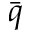
\Bar { q }